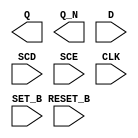
module sky130_fd_sc_hdll__sdfbbp (
    Q      ,
    Q_N    ,
    D      ,
    SCD    ,
    SCE    ,
    CLK    ,
    SET_B  ,
    RESET_B
);

    output Q      ;
    output Q_N    ;
    input  D      ;
    input  SCD    ;
    input  SCE    ;
    input  CLK    ;
    input  SET_B  ;
    input  RESET_B;

    // Voltage supply signals
    supply1 VPWR;
    supply0 VGND;
    supply1 VPB ;
    supply0 VNB ;

endmodule